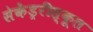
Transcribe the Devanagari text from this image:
सेकेंड्ररीस्कूल